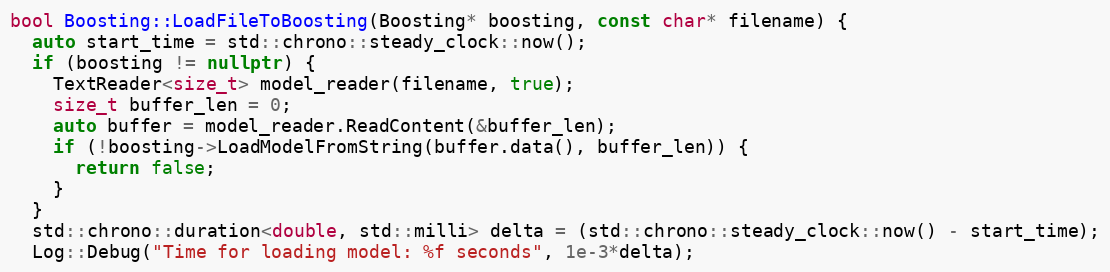
Language: C++
bool Boosting::LoadFileToBoosting(Boosting* boosting, const char* filename) {
  auto start_time = std::chrono::steady_clock::now();
  if (boosting != nullptr) {
    TextReader<size_t> model_reader(filename, true);
    size_t buffer_len = 0;
    auto buffer = model_reader.ReadContent(&buffer_len);
    if (!boosting->LoadModelFromString(buffer.data(), buffer_len)) {
      return false;
    }
  }
  std::chrono::duration<double, std::milli> delta = (std::chrono::steady_clock::now() - start_time);
  Log::Debug("Time for loading model: %f seconds", 1e-3*delta);